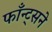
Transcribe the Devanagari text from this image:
फाँन्ट्‌सने